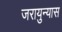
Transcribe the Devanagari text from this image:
जरायुन्यास